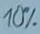
Text: 10%